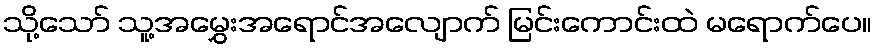
သို့သော် သူ့အမွှေးအရောင်အလျောက် မြင်းကောင်းထဲ မရောက်ပေ။